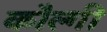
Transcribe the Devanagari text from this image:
कौल्गी